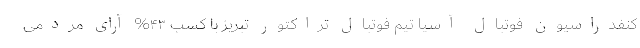
کنفدراسیون فوتبال آسیا تیم فوتبال تراکتور تبریز با کسب ۴۳% آرای مردمی